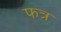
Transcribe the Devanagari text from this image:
फत्र